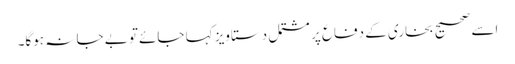
اسے صحیح بخاری کے دفاع پر مشتمل دستاویز کہا جائےتو بے جا نہ ہوگا۔